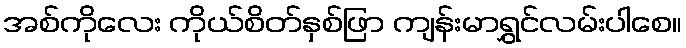
အစ်ကိုလေး ကိုယ်စိတ်နှစ်ဖြာ ကျန်းမာရွှင်လမ်းပါစေ။